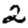
Digit: 2